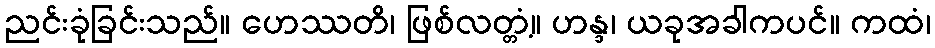
ညင်းခုံခြင်းသည်။ ဟေဿတိ၊ ဖြစ်လတ္တံ့။ ဟန္ဒ၊ ယခုအခါကပင်။ ကထံ၊